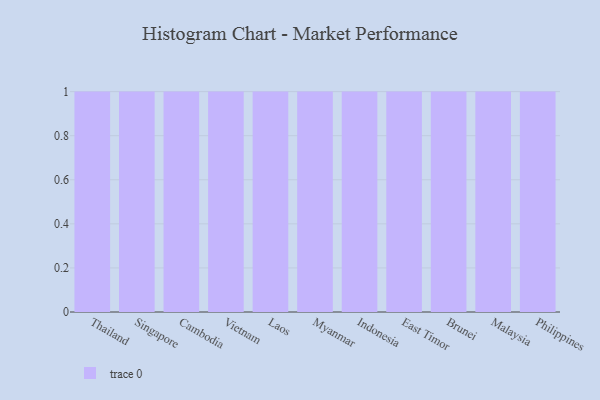
{"axis": {"x": "Country", "y": "Population (Million)"}, "legend": [""], "data": [{"x": "Thailand", "y": 7, "type": ""}, {"x": "Singapore", "y": 90, "type": ""}, {"x": "Cambodia", "y": 94, "type": ""}, {"x": "Vietnam", "y": 75, "type": ""}, {"x": "Laos", "y": 57, "type": ""}, {"x": "Myanmar", "y": 21, "type": ""}, {"x": "Indonesia", "y": 86, "type": ""}, {"x": "East Timor", "y": 13, "type": ""}, {"x": "Brunei", "y": 77, "type": ""}, {"x": "Malaysia", "y": 87, "type": ""}, {"x": "Philippines", "y": 98, "type": ""}]}